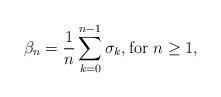
LaTeX: \begin{align*}\beta_n = \frac{1}{n} \sum_{k=0}^{n-1} \sigma_k, \textrm{for $n \geq 1$},\end{align*}